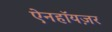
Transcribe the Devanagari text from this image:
ऐनहॉयज़र